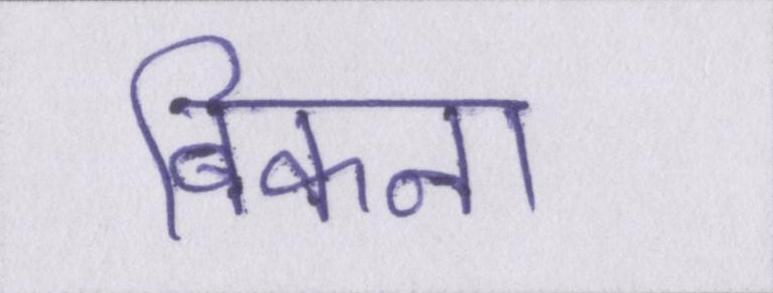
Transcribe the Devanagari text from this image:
बिकना